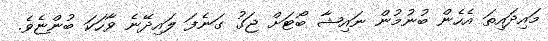
މައިދައިތަ އެހެން ބުނުމުން ނަައިޝާ ބޯޓަށް ޖަގު ގަނެފަ ލައިދޭނެ ވާހަކަ ބުންޏެވެ.